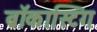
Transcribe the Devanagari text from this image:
ब्रॉकास्टिंग